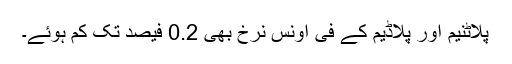
پلاٹنیم اور پلاڈیم کے فی اونس نرخ بھی 0.2 فیصد تک کم ہوئے۔